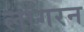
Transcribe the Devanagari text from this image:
लाँगरन